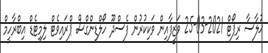
ޙުލާސާ ރިޕޯޓް 2021-03-25 ވަޒީފާއިން ވަކިކުރުން ފެސްދޫ ހޯލްޑިންގްސް ޕްރައިވެޓް ލިމިޓެޑް އިބްރާހީމް